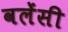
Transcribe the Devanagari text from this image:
वलेंसी